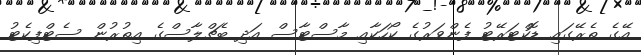
އޭގެ ތެރޭގައި ޑޮކްޓަރޭޓު ފެންވަރުގެ ކޯހަކާއި މާސްޓާސް އަދި ބެޗްލާސްގެ އިތުރުން ސެޓްފިކެޓު